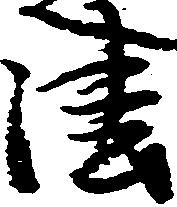
法